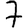
Digit: 7